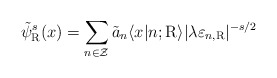
\begin{align*}\tilde{\psi}_{\rm R}^{s}(x) = \sum_{n \in \cal Z} \tilde{a}_n\langle x|n;{\rm R} \rangle |\lambda \varepsilon_{n,\rm R}|^{-s/2}\end{align*}